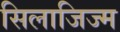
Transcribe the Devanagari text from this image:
सिलाजिज्म